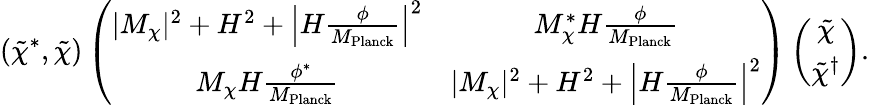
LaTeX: (\tilde{\chi}^{*},\tilde{\chi})\left(\begin{array}{cc}{{|M_{\chi}|^{2}+H^{2}+\left|H\frac{\phi}{M_{\mathrm{Planck}}}\right|^{2}}}&{{M_{\chi}^{*}H\frac{\phi}{M_{\mathrm{Planck}}}}}\\ {{M_{\chi}H\frac{\phi^{*}}{M_{\mathrm{Planck}}}}}&{{|M_{\chi}|^{2}+H^{2}+\left|H\frac{\phi}{M_{\mathrm{Planck}}}\right|^{2}}}\end{array}\right)\left(\begin{array}{c}{{\tilde{\chi}}}\\ {{\tilde{\chi}^{\dagger}}}\end{array}\right).